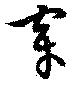
穿